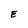
Character: E